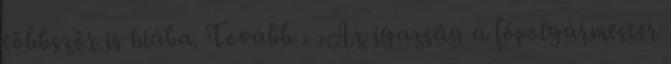
többször is hiába. Tovább › ›Az igazság a főpolgármester